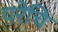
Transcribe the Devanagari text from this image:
परेचि